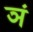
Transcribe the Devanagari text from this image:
ञं